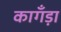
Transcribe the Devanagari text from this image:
कागँड़ा